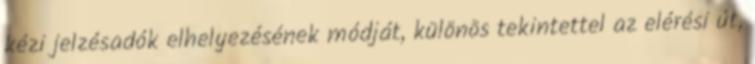
kézi jelzésadók elhelyezésének módját, különös tekintettel az elérési út,